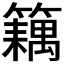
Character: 𬕽